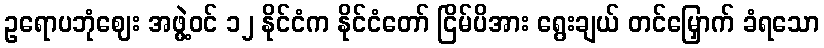
ဥရောပဘုံဈေး အဖွဲ့ဝင် ၁၂ နိုင်ငံက နိုင်ငံတော် ငြိမ်ပိအား ရွေးချယ် တင်မြှောက် ခံရသော